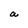
Character: a